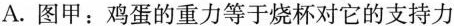
A.图甲：鸡蛋的重力等于烧杯对它的支持力